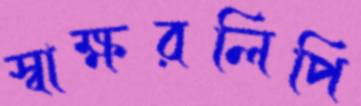
স্বাক্ষরলিপি